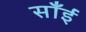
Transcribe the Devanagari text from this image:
साँईं